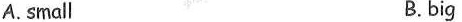
A.small B.big